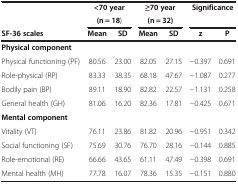
<table><thead><tr><td><b> </b></td><td colspan="2"><b>&lt;70 year</b></td><td colspan="2"><b>≥70 year</b></td><td colspan="2"><b>Significance</b></td></tr><tr><td><b> </b></td><td colspan="2"><b>(n = 18)</b></td><td colspan="2"><b>(n = 32)</b></td><td colspan="2"><b> </b></td></tr><tr><td><b>SF-36 scales</b></td><td><b>Mean</b></td><td><b>SD</b></td><td><b>Mean</b></td><td><b>SD</b></td><td><b>z</b></td><td><b>P</b></td></tr></thead><tbody><tr><td><b>Physical component</b></td><td> </td><td> </td><td> </td><td> </td><td> </td><td> </td></tr><tr><td>Physical functioning (PF)</td><td>80.56</td><td>23.00</td><td>82.05</td><td>27.15</td><td>−0.397</td><td>0.691</td></tr><tr><td>Role-physical (RP)</td><td>83.33</td><td>38.35</td><td>68.18</td><td>47.67</td><td>−1.087</td><td>0.277</td></tr><tr><td>Bodily pain (BP)</td><td>89.11</td><td>18.90</td><td>82.82</td><td>22.57</td><td>−1.131</td><td>0.258</td></tr><tr><td>General health (GH)</td><td>81.06</td><td>16.20</td><td>82.36</td><td>17.81</td><td>−0.425</td><td>0.671</td></tr><tr><td><b>Mental component</b></td><td> </td><td> </td><td> </td><td> </td><td> </td><td> </td></tr><tr><td>Vitality (VT)</td><td>76.11</td><td>23.86</td><td>81.82</td><td>20.96</td><td>−0.951</td><td>0.342</td></tr><tr><td>Social functioning (SF)</td><td>75.69</td><td>30.76</td><td>76.70</td><td>28.16</td><td>−0.144</td><td>0.885</td></tr><tr><td>Role-emotional (RE)</td><td>66.66</td><td>43.65</td><td>61.11</td><td>47.49</td><td>−0.398</td><td>0.691</td></tr><tr><td>Mental health (MH)</td><td>77.78</td><td>16.07</td><td>78.36</td><td>15.35</td><td>−0.151</td><td>0.880</td></tr></tbody></table>